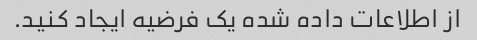
از اطلاعات داده شده یک فرضیه ایجاد کنید.